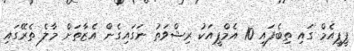
ޕީޕީއެމް ގައި ތިބެފައި 10 އެމްޕީއަކު ރިޝްވަތު ނަގައިގެން އެޒާތަށް މާލެ ތެރޭގައި